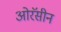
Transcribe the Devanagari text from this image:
ओरॅसीन